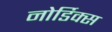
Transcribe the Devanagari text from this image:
नोर्डिक्स